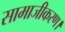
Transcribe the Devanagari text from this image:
सामाजीकरण।